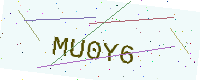
Text: MU0Y6